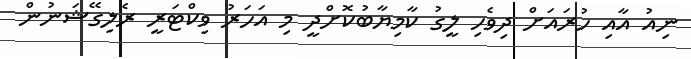
ނިއު އާއި ހުރައަށް ދިވެހި ލީގު ކާމިޔާބުކޮށްދީ މި އަހަރު ވިކްޓަރީ ރެލިގޭޝަނުން